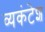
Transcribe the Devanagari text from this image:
व्यकंटेश